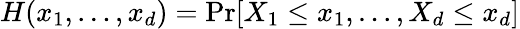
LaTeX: H(x_{1},\dots,x_{d})=\operatorname*{Pr}[X_{1}\leq x_{1},\dots,X_{d}\leq x_{d}]